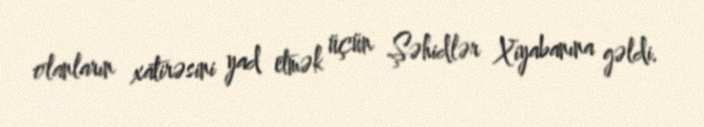
olanların xatirəsini yad etmək üçün Şəhidlər Xiyabanına gəldi.